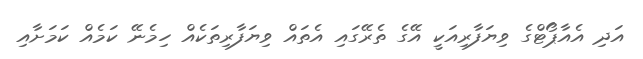
އަދި އެއާޕޯޓްގެ ވިޔަފާރިއަކީ އޭގެ ތެރޭގައި އެތައް ވިޔަފާރިތަކެއް ހިމެނޭ ކަމެއް ކަމަށާއި